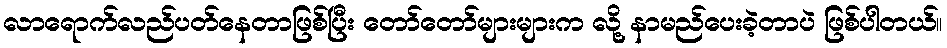
လာရောက်လည်ပတ်နေတာဖြစ်ပြီး တော်တော်များများက လို့ နာမည်ပေးခဲ့တာပဲ ဖြစ်ပါတယ်။